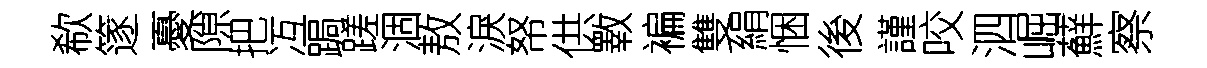
欷篴憂隙把冱跼蹉涸敖淚帑供斁褊雙絹悃後謹咬泗崛蘚察